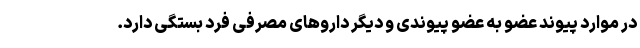
در موارد پیوند عضو به عضو پیوندی و دیگر داروهای مصرفی فرد بستگی دارد.